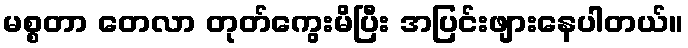
မစ္စတာ တေလာ တုတ်ကွေးမိပြီး အပြင်းဖျားနေပါတယ်။